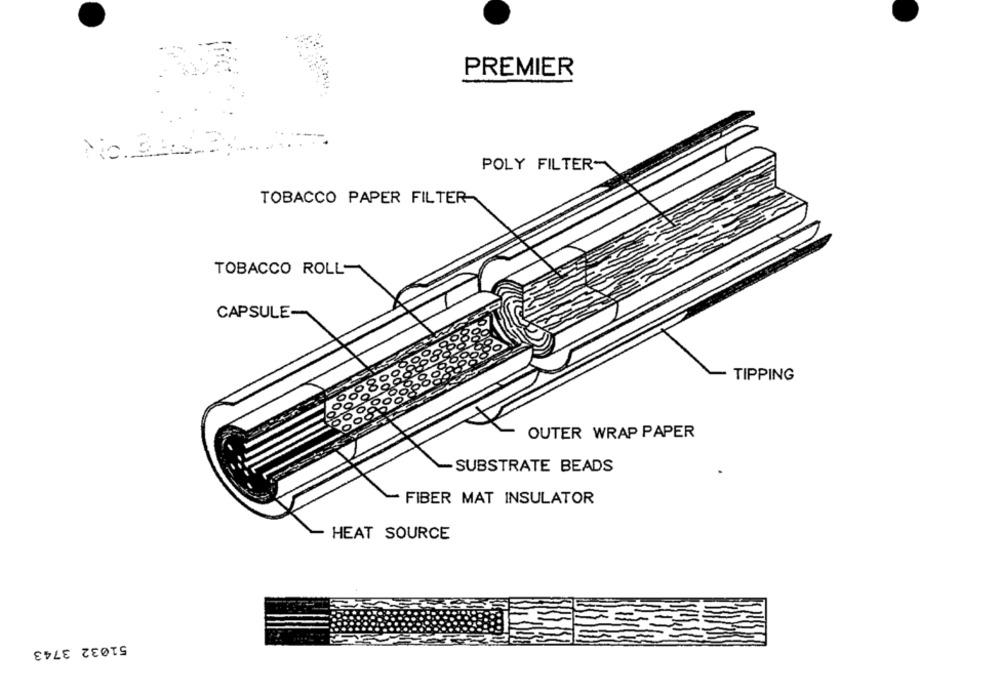
PREMIER
No.3.4.
POLY FILTER-
TOBACCO PAPER FILTER
TOBACCO ROLL-
CAPSULE-
TIPPING
OUTER WRAP PAPER
SUBSTRATE BEADS
FIBER MAT INSULATOR
HEAT SOURCE
51032 3743